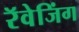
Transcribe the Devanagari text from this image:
रॅवेजिंग